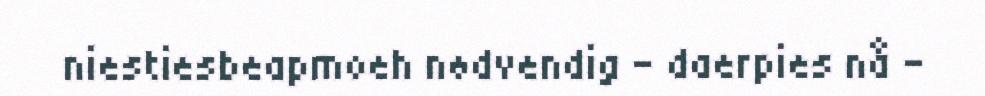
niestiesbeapmoeh nødvendig - daerpies nå -